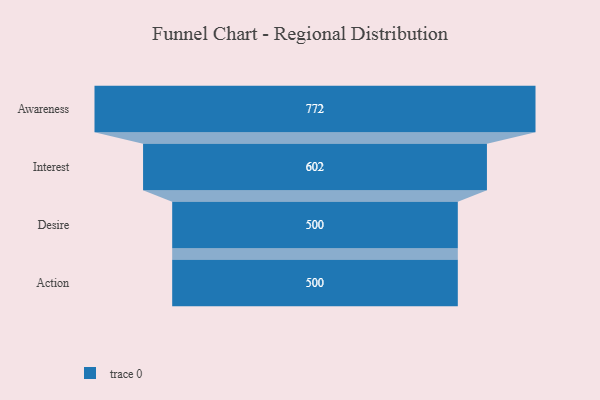
{"axis": {"x": "Stage", "y": "Value"}, "legend": [""], "data": [{"x": "Awareness", "y": 772.0, "type": ""}, {"x": "Interest", "y": 602.0, "type": ""}, {"x": "Desire", "y": 500, "type": ""}, {"x": "Action", "y": 500, "type": ""}]}